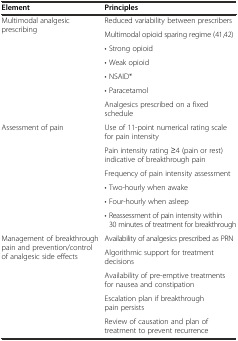
<table><thead><tr><td><b>Element</b></td><td><b>Principles</b></td></tr></thead><tbody><tr><td rowspan="7">Multimodal analgesic prescribing</td><td>Reduced variability between prescribers</td></tr><tr><td>Multimodal opioid sparing regime (41,42)</td></tr><tr><td>• Strong opioid</td></tr><tr><td>• Weak opioid</td></tr><tr><td>• NSAID*</td></tr><tr><td>• Paracetamol</td></tr><tr><td>Analgesics prescribed on a fixed schedule</td></tr><tr><td rowspan="6">Assessment of pain</td><td>Use of 11-point numerical rating scale for pain intensity</td></tr><tr><td>Pain intensity rating ≥4 (pain or rest) indicative of breakthrough pain</td></tr><tr><td>Frequency of pain intensity assessment</td></tr><tr><td>• Two-hourly when awake</td></tr><tr><td>• Four-hourly when asleep</td></tr><tr><td>• Reassessment of pain intensity within 30 minutes of treatment for breakthrough</td></tr><tr><td rowspan="5">Management of breakthrough pain and prevention/control of analgesic side effects</td><td>Availability of analgesics prescribed as PRN</td></tr><tr><td>Algorithmic support for treatment decisions</td></tr><tr><td>Availability of pre-emptive treatments for nausea and constipation</td></tr><tr><td>Escalation plan if breakthrough pain persists</td></tr><tr><td>Review of causation and plan of treatment to prevent recurrence</td></tr></tbody></table>